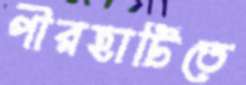
পীরহাটিতে